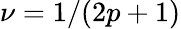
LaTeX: \nu=1/(2p+1)